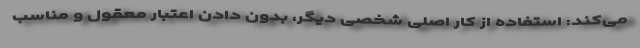
می‌کند: استفاده از کار اصلی شخصی دیگر، بدون دادن اعتبار معقول و مناسب